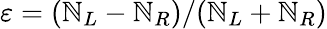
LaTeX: \varepsilon=(\mathbb{N}_{L}-\mathbb{N}_{R})/(\mathbb{N}_{L}+\mathbb{N}_{R})